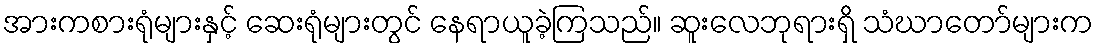
အားကစားရုံများနှင့် ဆေးရုံများတွင် နေရာယူခဲ့ကြသည်။ ဆူးလေဘုရားရှိ သံဃာတော်များက